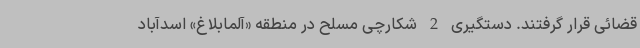
قضائی قرار گرفتند. دستگیری 2 شکارچی مسلح در منطقه «آلمابلاغ» اسدآباد